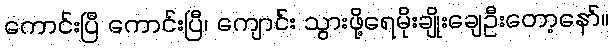
ကောင်းပြီ ကောင်းပြီ၊ ကျောင်း သွားဖို့ရေမိုးချိုးချေဦးတော့နော်။